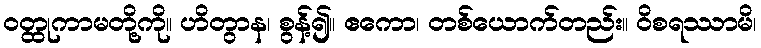
ဝတ္ထုကာမတို့ကို။ ဟိတွာန၊ စွန့်၍။ ဧကော၊ တစ်ယောက်တည်း။ ဝိစရဿာမိ၊